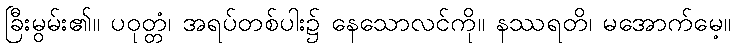
ခြီးမွမ်း၏။ ပဝုတ္တံ၊ အရပ်တစ်ပါး၌ နေသောလင်ကို။ နဿရတိ၊ မအောက်မေ့။